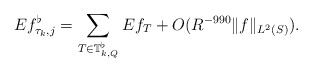
\begin{align*}Ef_{\tau_k,j}^{\flat} = \sum_{T \in \mathbb T_{k,Q}^{\flat}} Ef_T + O(R^{-990}\|f\|_{L^2(S)}).\end{align*}